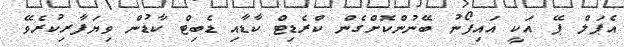
އެޕަލް ޕޭ އަކީ އައިފޯނު ބޭނުންކޮށްގެން ކްރެޑިޓް ކާޑާއި ޑެބިޓް ކާޑުން ވިޔަފާރިކުރެވޭ